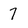
Character: 7